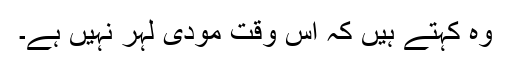
وہ کہتے ہیں کہ اس وقت مودی لہر نہیں ہے۔